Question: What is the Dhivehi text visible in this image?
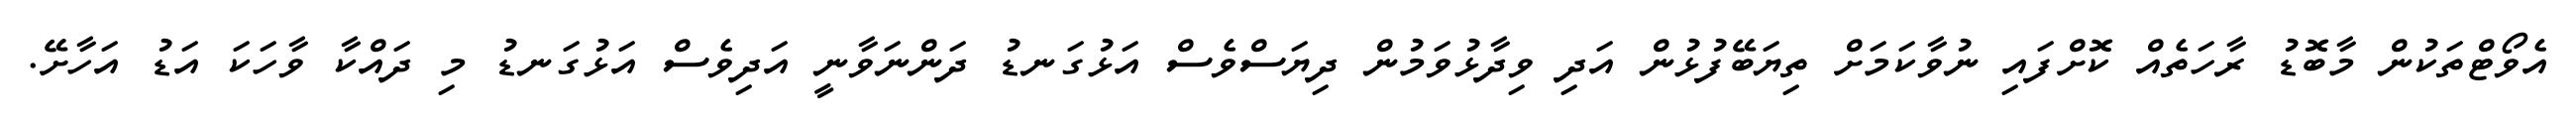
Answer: އެވޯޓްތަކުން މާބޮޑު ރާހަތެއް ކޮށްފައި ނުވާކަމަށް ތިޔަބޭފުޅުން އަދި ވިދާޅުވަމުން ދިޔަސްވެސް އަޅުގަނޑު ދަންނަވާނީ އަދިވެސް އަޅުގަނޑު މި ދައްކާ ވާހަކަ އަޑު އަހާށޭ.